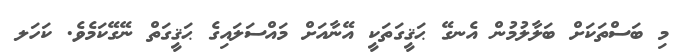
މި ބަސްތަކަށް ބަލާލުމުން އެނގޭ ޙަޤީގަތަކީ އޭނާއަށް މައްސަލައިގެ ޙަޤީގަތް ނޭގޭކަމެވެ. ކަހަލ